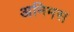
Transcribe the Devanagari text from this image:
अनिमस